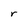
Character: r